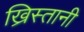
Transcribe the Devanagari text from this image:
ख्रिस्तानी